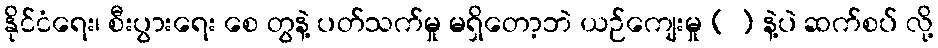
နိုင်ငံရေး၊ စီးပွားရေး စေ တွနဲ့ ပတ်သက်မှု မရှိတော့ဘဲ ယဉ်ကျေးမှု ( ) နဲ့ပဲ ဆက်စပ် လို့